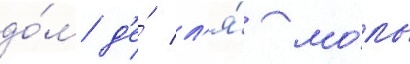
до́м д'е́ л'я́ мо́ль